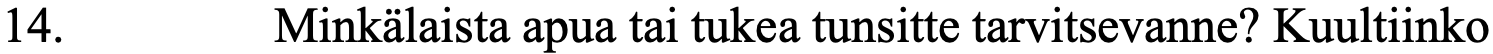
14.      Minkälaista apua tai tukea tunsitte tarvitsevanne? Kuultiinko